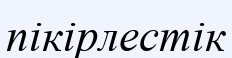
пікірлестік